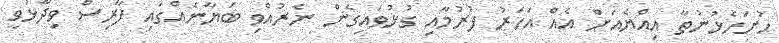
ހުށަހެޅުނުތާ އިއްޔެއަށް އެއް އަހަރު ފުރުމާއި ގުޅުވައިގެން ނެރުއްވި ބަޔާނެއްގައި ފާރިސް ވިދާޅުވީ